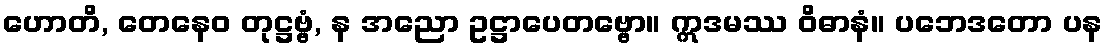
ဟောတိ, တေနေဝ တုဋ္ဌဗ္ဗံ, န အညော ဥဋ္ဌာပေတဗ္ဗော။ ဣဒမဿ ဝိဓာနံ။ ပဘေဒတော ပန